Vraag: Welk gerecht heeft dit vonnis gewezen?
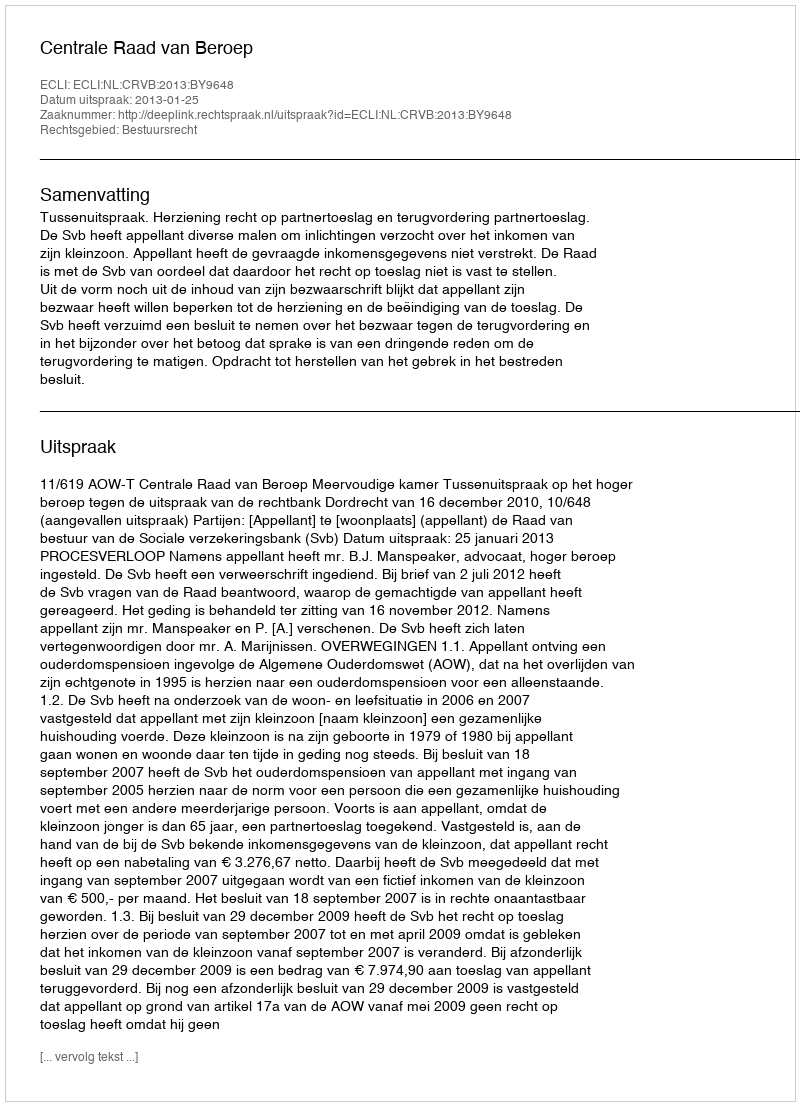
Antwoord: Centrale Raad van Beroep